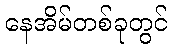
နေအိမ်တစ်ခုတွင်